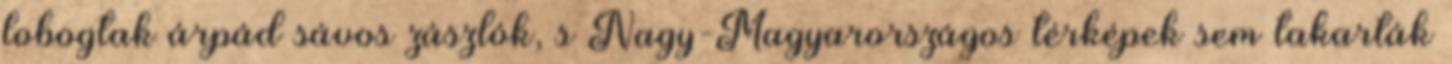
lobogtak árpád sávos zászlók, s Nagy-Magyarországos térképek sem takarták